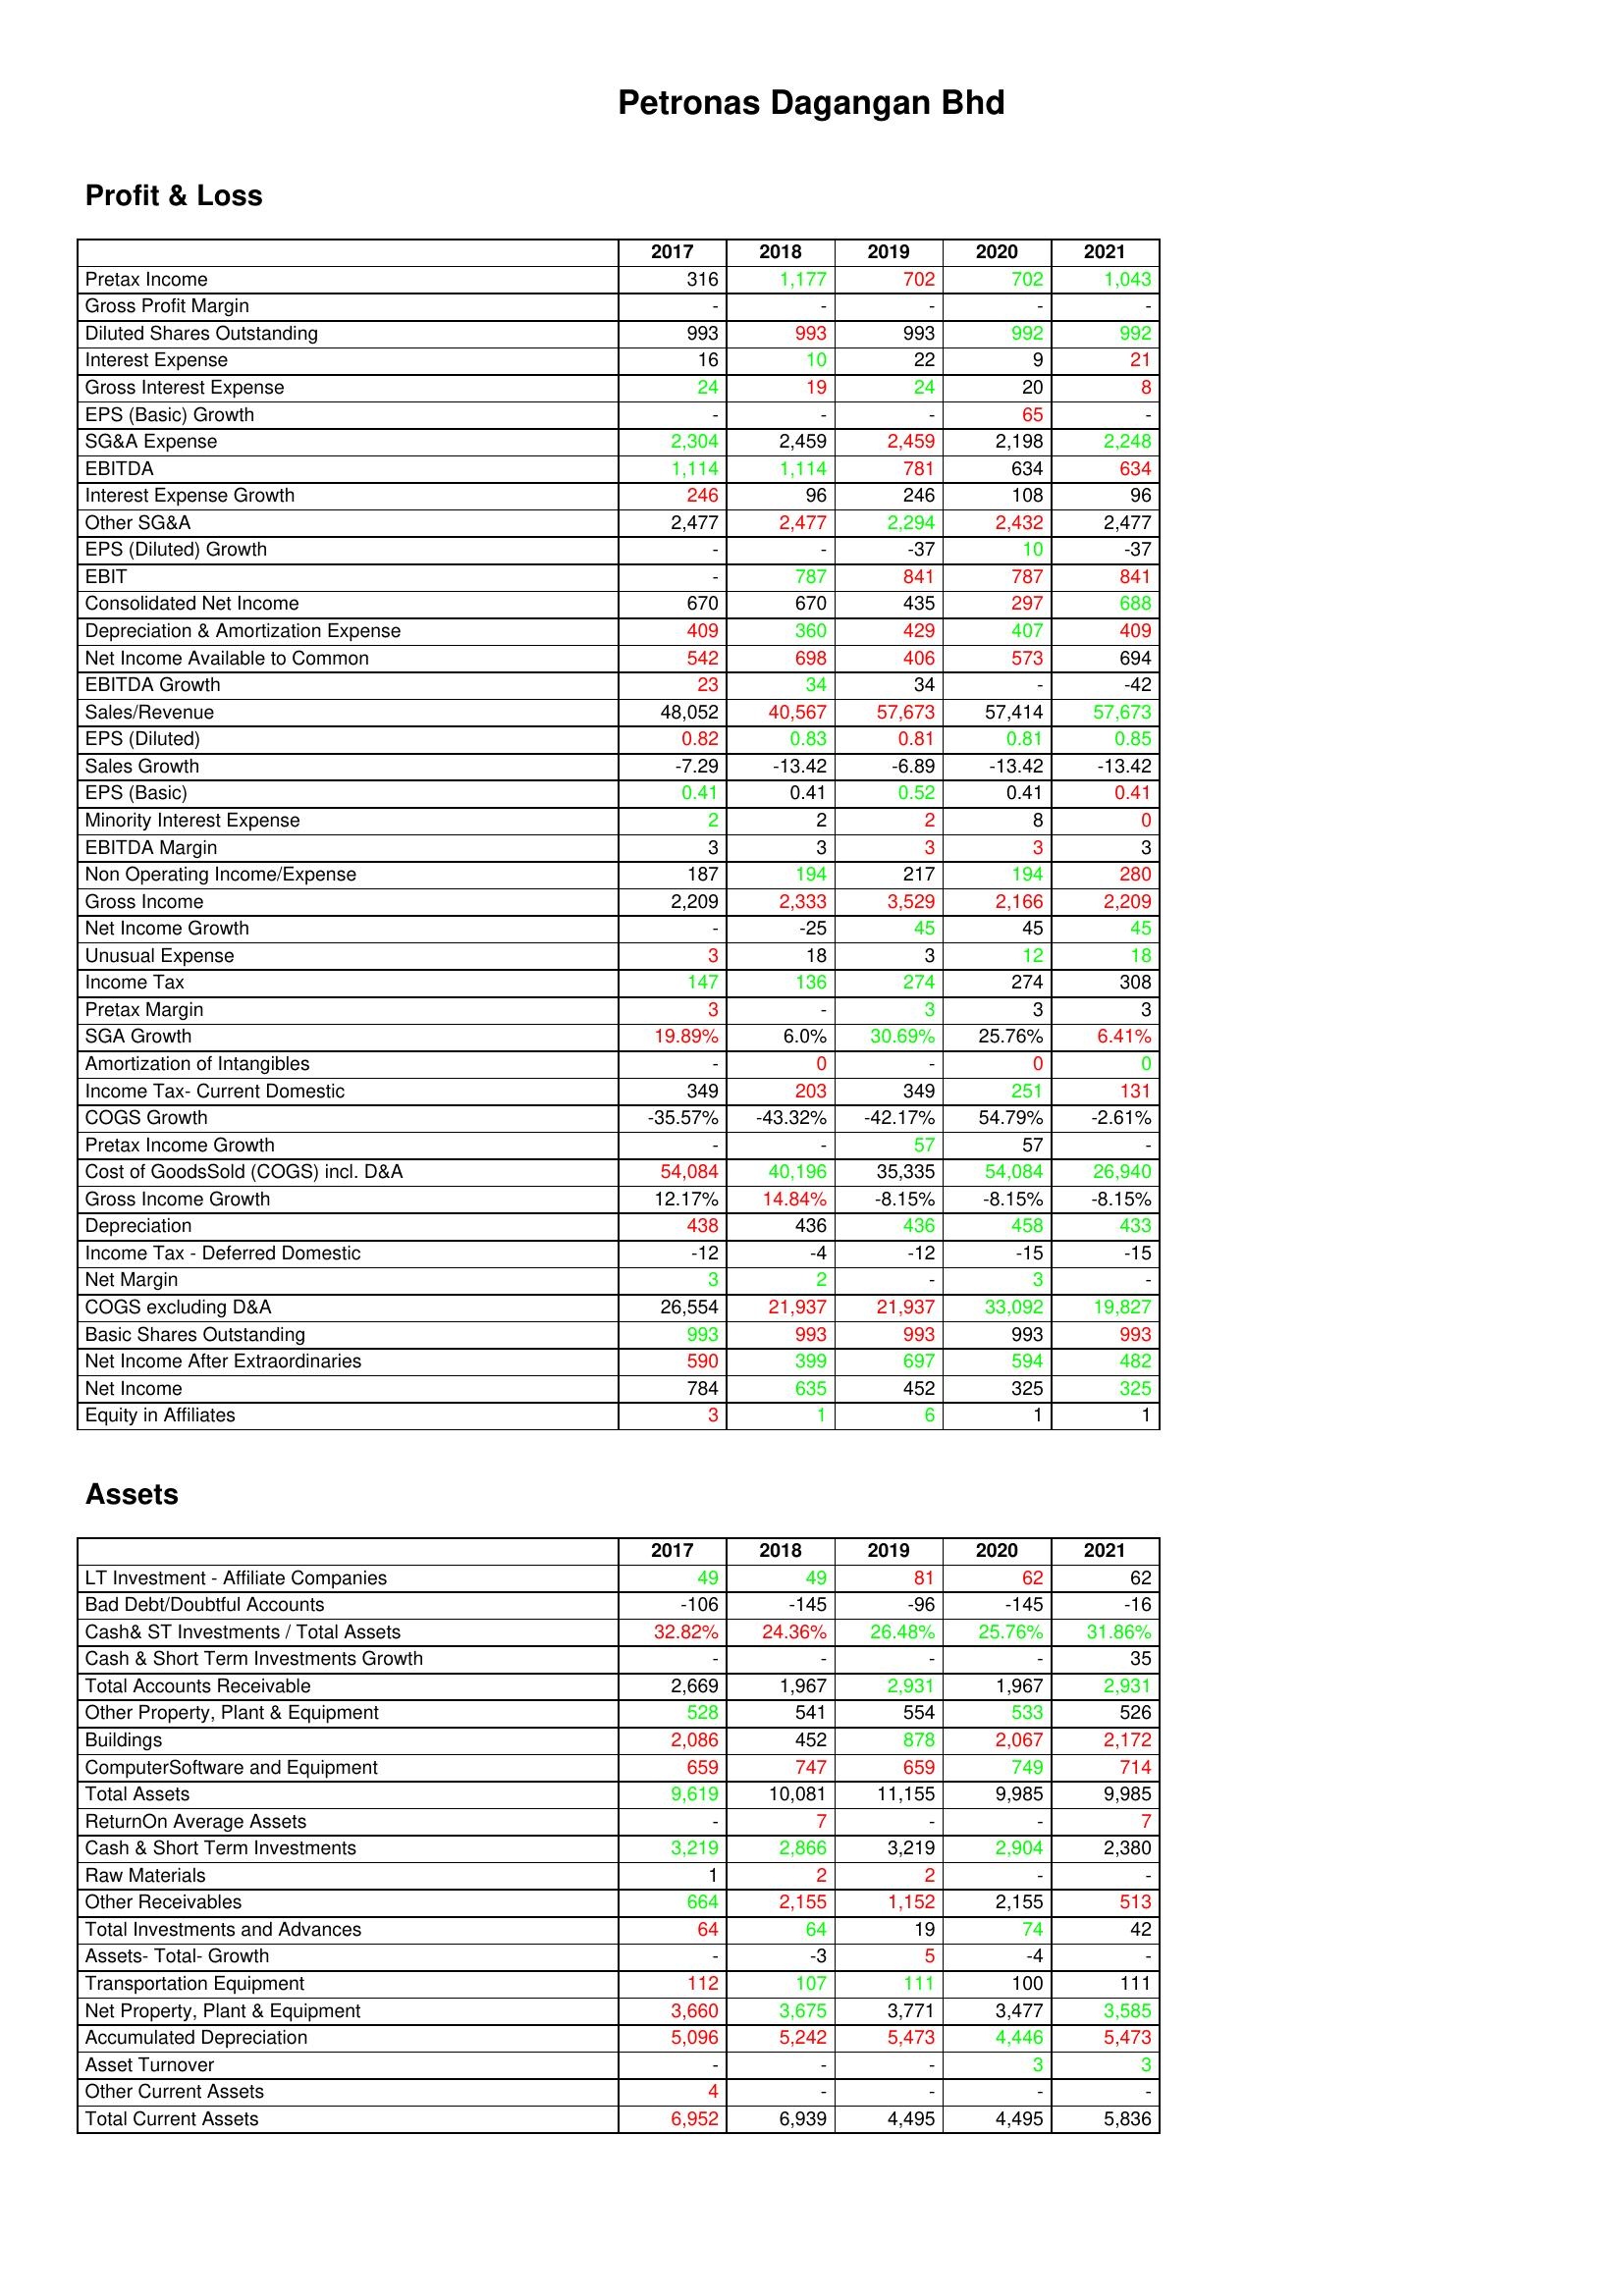
gt_parse: 2017: Profit & Loss: Pretax Income: 316
Gross Profit Margin: -
Diluted Shares Outstanding: 993
Interest Expense: 16
Gross Interest Expense: 24
EPS (Basic) Growth: -
SG&A Expense: 2,304
EBITDA: 1,114
Interest Expense Growth: 246
Other SG&A: 2,477
EPS (Diluted) Growth: -
EBIT: -
Consolidated Net Income: 670
Depreciation & Amortization Expense: 409
Net Income Available to Common: 542
EBITDA Growth: 23
Sales/Revenue: 48,052
EPS (Diluted): 0.82
Sales Growth: -7.29
EPS (Basic): 0.41
Minority Interest Expense: 2
EBITDA Margin: 3
Non Operating Income/Expense: 187
Gross Income: 2,209
Net Income Growth: -
Unusual Expense: 3
Income Tax: 147
Pretax Margin: 3
SGA Growth: 19.89%
Amortization of Intangibles: -
Income Tax- Current Domestic: 349
COGS Growth: -35.57%
Pretax Income Growth: -
Cost of GoodsSold (COGS) incl. D&A: 54,084
Gross Income Growth: 12.17%
Depreciation: 438
Income Tax - Deferred Domestic: -12
Net Margin: 3
COGS excluding D&A: 26,554
Basic Shares Outstanding: 993
Net Income After Extraordinaries: 590
Net Income: 784
Equity in Affiliates: 3
Assets: LT Investment - Affiliate Companies: 49
Bad Debt/Doubtful Accounts: -106
Cash& ST Investments / Total Assets: 32.82%
Cash & Short Term Investments Growth: -
Total Accounts Receivable: 2,669
Other Property, Plant & Equipment: 528
Buildings: 2,086
ComputerSoftware and Equipment: 659
Total Assets: 9,619
ReturnOn Average Assets: -
Cash & Short Term Investments: 3,219
Raw Materials: 1
Other Receivables: 664
Total Investments and Advances: 64
Assets- Total- Growth: -
Transportation Equipment: 112
Net Property, Plant & Equipment: 3,660
Accumulated Depreciation: 5,096
Asset Turnover: -
Other Current Assets: 4
Total Current Assets: 6,952
2018: Profit & Loss: Pretax Income: 1,177
Gross Profit Margin: -
Diluted Shares Outstanding: 993
Interest Expense: 10
Gross Interest Expense: 19
EPS (Basic) Growth: -
SG&A Expense: 2,459
EBITDA: 1,114
Interest Expense Growth: 96
Other SG&A: 2,477
EPS (Diluted) Growth: -
EBIT: 787
Consolidated Net Income: 670
Depreciation & Amortization Expense: 360
Net Income Available to Common: 698
EBITDA Growth: 34
Sales/Revenue: 40,567
EPS (Diluted): 0.83
Sales Growth: -13.42
EPS (Basic): 0.41
Minority Interest Expense: 2
EBITDA Margin: 3
Non Operating Income/Expense: 194
Gross Income: 2,333
Net Income Growth: -25
Unusual Expense: 18
Income Tax: 136
Pretax Margin: -
SGA Growth: 6.0%
Amortization of Intangibles: 0
Income Tax- Current Domestic: 203
COGS Growth: -43.32%
Pretax Income Growth: -
Cost of GoodsSold (COGS) incl. D&A: 40,196
Gross Income Growth: 14.84%
Depreciation: 436
Income Tax - Deferred Domestic: -4
Net Margin: 2
COGS excluding D&A: 21,937
Basic Shares Outstanding: 993
Net Income After Extraordinaries: 399
Net Income: 635
Equity in Affiliates: 1
Assets: LT Investment - Affiliate Companies: 49
Bad Debt/Doubtful Accounts: -145
Cash& ST Investments / Total Assets: 24.36%
Cash & Short Term Investments Growth: -
Total Accounts Receivable: 1,967
Other Property, Plant & Equipment: 541
Buildings: 452
ComputerSoftware and Equipment: 747
Total Assets: 10,081
ReturnOn Average Assets: 7
Cash & Short Term Investments: 2,866
Raw Materials: 2
Other Receivables: 2,155
Total Investments and Advances: 64
Assets- Total- Growth: -3
Transportation Equipment: 107
Net Property, Plant & Equipment: 3,675
Accumulated Depreciation: 5,242
Asset Turnover: -
Other Current Assets: -
Total Current Assets: 6,939
2019: Profit & Loss: Pretax Income: 702
Gross Profit Margin: -
Diluted Shares Outstanding: 993
Interest Expense: 22
Gross Interest Expense: 24
EPS (Basic) Growth: -
SG&A Expense: 2,459
EBITDA: 781
Interest Expense Growth: 246
Other SG&A: 2,294
EPS (Diluted) Growth: -37
EBIT: 841
Consolidated Net Income: 435
Depreciation & Amortization Expense: 429
Net Income Available to Common: 406
EBITDA Growth: 34
Sales/Revenue: 57,673
EPS (Diluted): 0.81
Sales Growth: -6.89
EPS (Basic): 0.52
Minority Interest Expense: 2
EBITDA Margin: 3
Non Operating Income/Expense: 217
Gross Income: 3,529
Net Income Growth: 45
Unusual Expense: 3
Income Tax: 274
Pretax Margin: 3
SGA Growth: 30.69%
Amortization of Intangibles: -
Income Tax- Current Domestic: 349
COGS Growth: -42.17%
Pretax Income Growth: 57
Cost of GoodsSold (COGS) incl. D&A: 35,335
Gross Income Growth: -8.15%
Depreciation: 436
Income Tax - Deferred Domestic: -12
Net Margin: -
COGS excluding D&A: 21,937
Basic Shares Outstanding: 993
Net Income After Extraordinaries: 697
Net Income: 452
Equity in Affiliates: 6
Assets: LT Investment - Affiliate Companies: 81
Bad Debt/Doubtful Accounts: -96
Cash& ST Investments / Total Assets: 26.48%
Cash & Short Term Investments Growth: -
Total Accounts Receivable: 2,931
Other Property, Plant & Equipment: 554
Buildings: 878
ComputerSoftware and Equipment: 659
Total Assets: 11,155
ReturnOn Average Assets: -
Cash & Short Term Investments: 3,219
Raw Materials: 2
Other Receivables: 1,152
Total Investments and Advances: 19
Assets- Total- Growth: 5
Transportation Equipment: 111
Net Property, Plant & Equipment: 3,771
Accumulated Depreciation: 5,473
Asset Turnover: -
Other Current Assets: -
Total Current Assets: 4,495
2020: Profit & Loss: Pretax Income: 702
Gross Profit Margin: -
Diluted Shares Outstanding: 992
Interest Expense: 9
Gross Interest Expense: 20
EPS (Basic) Growth: 65
SG&A Expense: 2,198
EBITDA: 634
Interest Expense Growth: 108
Other SG&A: 2,432
EPS (Diluted) Growth: 10
EBIT: 787
Consolidated Net Income: 297
Depreciation & Amortization Expense: 407
Net Income Available to Common: 573
EBITDA Growth: -
Sales/Revenue: 57,414
EPS (Diluted): 0.81
Sales Growth: -13.42
EPS (Basic): 0.41
Minority Interest Expense: 8
EBITDA Margin: 3
Non Operating Income/Expense: 194
Gross Income: 2,166
Net Income Growth: 45
Unusual Expense: 12
Income Tax: 274
Pretax Margin: 3
SGA Growth: 25.76%
Amortization of Intangibles: 0
Income Tax- Current Domestic: 251
COGS Growth: 54.79%
Pretax Income Growth: 57
Cost of GoodsSold (COGS) incl. D&A: 54,084
Gross Income Growth: -8.15%
Depreciation: 458
Income Tax - Deferred Domestic: -15
Net Margin: 3
COGS excluding D&A: 33,092
Basic Shares Outstanding: 993
Net Income After Extraordinaries: 594
Net Income: 325
Equity in Affiliates: 1
Assets: LT Investment - Affiliate Companies: 62
Bad Debt/Doubtful Accounts: -145
Cash& ST Investments / Total Assets: 25.76%
Cash & Short Term Investments Growth: -
Total Accounts Receivable: 1,967
Other Property, Plant & Equipment: 533
Buildings: 2,067
ComputerSoftware and Equipment: 749
Total Assets: 9,985
ReturnOn Average Assets: -
Cash & Short Term Investments: 2,904
Raw Materials: -
Other Receivables: 2,155
Total Investments and Advances: 74
Assets- Total- Growth: -4
Transportation Equipment: 100
Net Property, Plant & Equipment: 3,477
Accumulated Depreciation: 4,446
Asset Turnover: 3
Other Current Assets: -
Total Current Assets: 4,495
2021: Profit & Loss: Pretax Income: 1,043
Gross Profit Margin: -
Diluted Shares Outstanding: 992
Interest Expense: 21
Gross Interest Expense: 8
EPS (Basic) Growth: -
SG&A Expense: 2,248
EBITDA: 634
Interest Expense Growth: 96
Other SG&A: 2,477
EPS (Diluted) Growth: -37
EBIT: 841
Consolidated Net Income: 688
Depreciation & Amortization Expense: 409
Net Income Available to Common: 694
EBITDA Growth: -42
Sales/Revenue: 57,673
EPS (Diluted): 0.85
Sales Growth: -13.42
EPS (Basic): 0.41
Minority Interest Expense: 0
EBITDA Margin: 3
Non Operating Income/Expense: 280
Gross Income: 2,209
Net Income Growth: 45
Unusual Expense: 18
Income Tax: 308
Pretax Margin: 3
SGA Growth: 6.41%
Amortization of Intangibles: 0
Income Tax- Current Domestic: 131
COGS Growth: -2.61%
Pretax Income Growth: -
Cost of GoodsSold (COGS) incl. D&A: 26,940
Gross Income Growth: -8.15%
Depreciation: 433
Income Tax - Deferred Domestic: -15
Net Margin: -
COGS excluding D&A: 19,827
Basic Shares Outstanding: 993
Net Income After Extraordinaries: 482
Net Income: 325
Equity in Affiliates: 1
Assets: LT Investment - Affiliate Companies: 62
Bad Debt/Doubtful Accounts: -16
Cash& ST Investments / Total Assets: 31.86%
Cash & Short Term Investments Growth: 35
Total Accounts Receivable: 2,931
Other Property, Plant & Equipment: 526
Buildings: 2,172
ComputerSoftware and Equipment: 714
Total Assets: 9,985
ReturnOn Average Assets: 7
Cash & Short Term Investments: 2,380
Raw Materials: -
Other Receivables: 513
Total Investments and Advances: 42
Assets- Total- Growth: -
Transportation Equipment: 111
Net Property, Plant & Equipment: 3,585
Accumulated Depreciation: 5,473
Asset Turnover: 3
Other Current Assets: -
Total Current Assets: 5,836